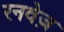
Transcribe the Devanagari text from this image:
रनवेज़